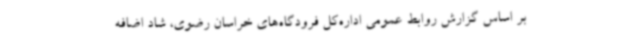
بر اساس گزارش روابط عمومی اداره‌کل فرودگاه‌های خراسان رضوی، شاد اضافه